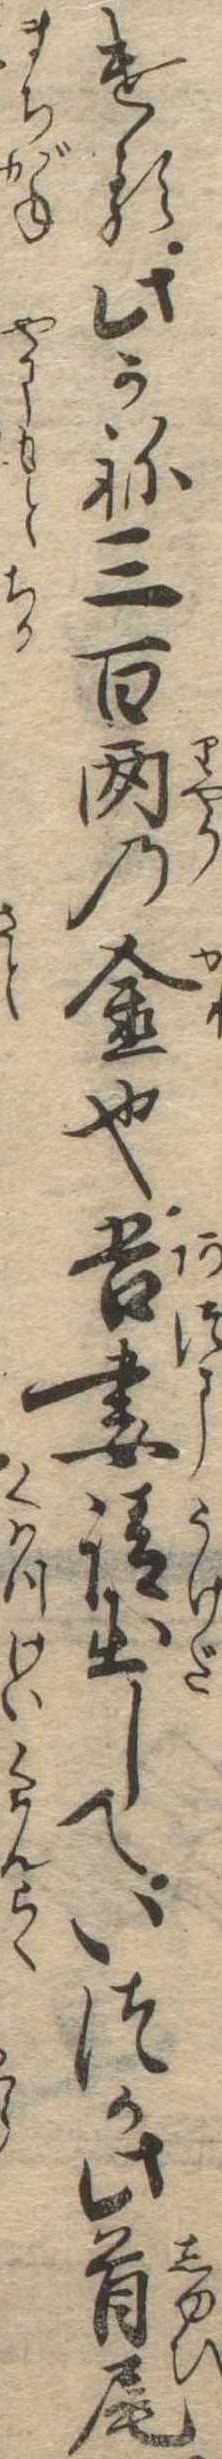
ける此かね三百両の金也吾妻請出していつか此首尾